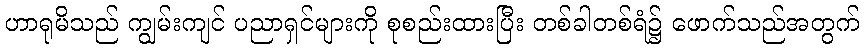
ဟာရုမိသည် ကျွမ်းကျင် ပညာရှင်များကို စုစည်းထားပြီး တစ်ခါတစ်ရံ၌ ဖောက်သည်အတွက်